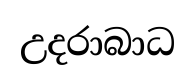
උදරාබාධ